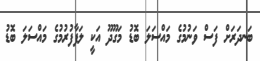
ބަނދަރަށް ފަސް ވަނުމުގެ މައްސަލަ ބޮޑު މަގޫދޫ އަކީ ލަފާފުރުމުގެ މައްސަލަ ބޮޑު